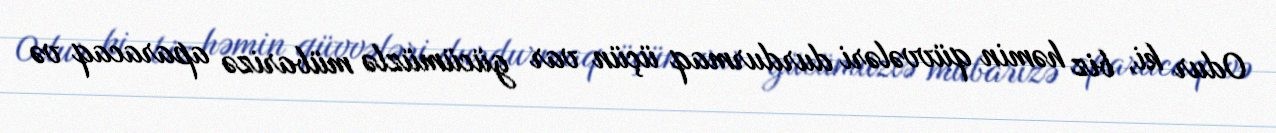
Odur ki, biz həmin qüvvələri durdurmaq üçün var gücümüzlə mübarizə aparacaq və